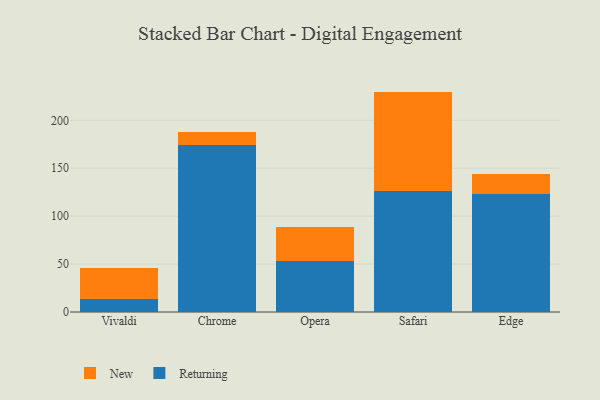
{"axis": {"x": "Browser", "y": "Active Users"}, "legend": ["New", "Returning"], "data": [{"x": "Vivaldi", "y": 13.6, "type": "Returning"}, {"x": "Vivaldi", "y": 32.4, "type": "New"}, {"x": "Chrome", "y": 174.5, "type": "Returning"}, {"x": "Chrome", "y": 13.6, "type": "New"}, {"x": "Opera", "y": 53.6, "type": "Returning"}, {"x": "Opera", "y": 35.1, "type": "New"}, {"x": "Safari", "y": 126.6, "type": "Returning"}, {"x": "Safari", "y": 103.4, "type": "New"}, {"x": "Edge", "y": 122.9, "type": "Returning"}, {"x": "Edge", "y": 21.2, "type": "New"}]}